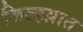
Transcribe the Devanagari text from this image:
जिल्हय़ात